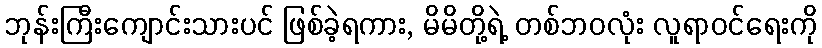
ဘုန်းကြီးကျောင်းသားပင် ဖြစ်ခဲ့ရကား, မိမိတို့ရဲ့ တစ်ဘဝလုံး လူရာဝင်ရေးကို